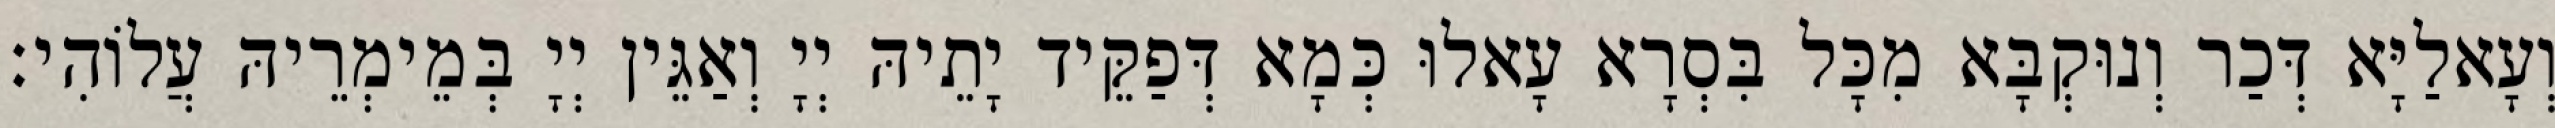
וְעָאלַיָּא דְּכַר וְנוּקְבָּא מִכָּל בִּסְרָא עָאלוּ כְּמָא דְּפַקֵּיד יָתֵיהּ יְיָ וְאַגֵּין יְיָ בְּמֵימְרֵיהּ עֲלוֹהִי׃